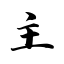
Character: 主